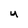
Character: U